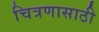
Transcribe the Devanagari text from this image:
चित्रणासाठी